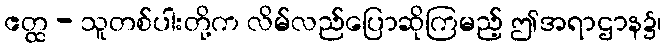
ဧတ္ထ - သူတစ်ပါးတို့က လိမ်လည်ပြောဆိုကြမည့် ဤအရာဌာန၌၊